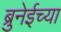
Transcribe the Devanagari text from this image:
ब्रुनेईच्या